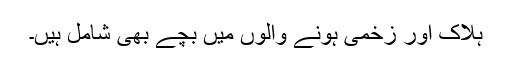
ہلاک اور زخمی ہونے والوں میں بچّے بھی شامل ہیں۔